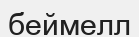
беймелл